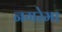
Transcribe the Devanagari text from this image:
नगरेमा